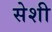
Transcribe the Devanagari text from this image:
सेशी